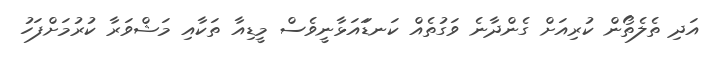
އަދި ތެލެތޯން ކުރިއަށް ގެންދާނެ ވަގުތެއް ކަނޑަައަޅާނީވެސް މީޑިއާ ތަކާއި މަޝްވަރާ ކުރުމަށްފަހު